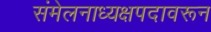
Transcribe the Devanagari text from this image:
संमेलनाध्यक्षपदावरून